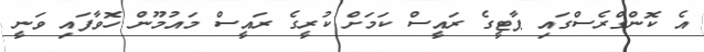
އެ ކޮންގްރެސްގައި ޕާޓީގެ ރައީސް ކަމަށް ކުރީގެ ރައީސް މައުމޫން ހޮވާފައި ވަނީ